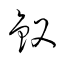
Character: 釵